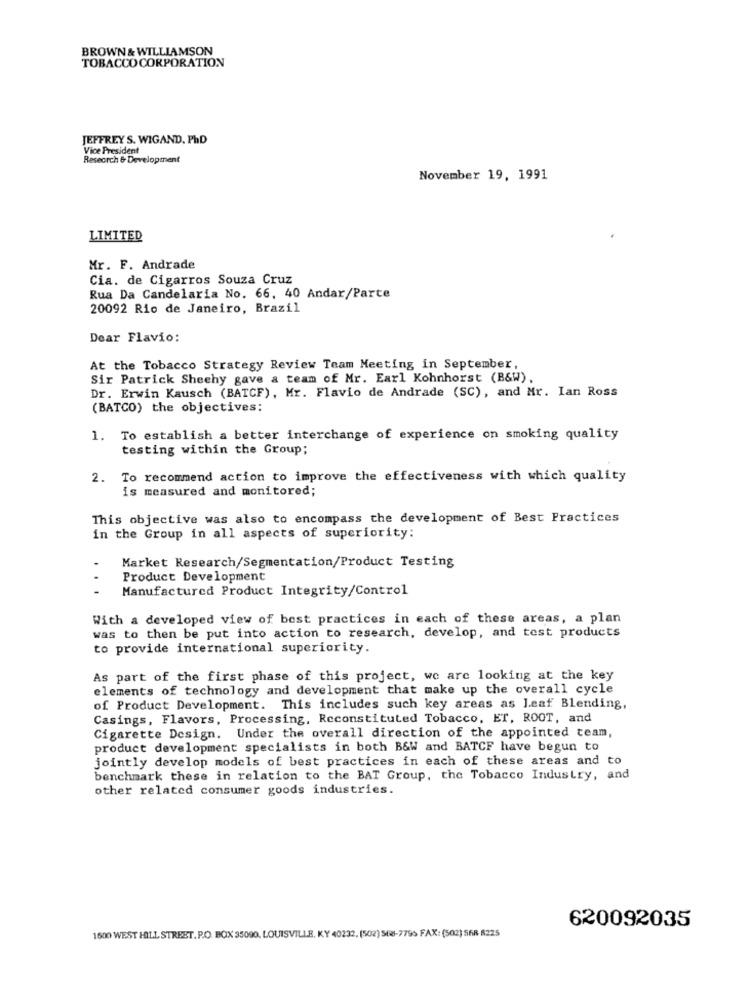
BROWN & WILLIAMSON
TOBACCO CORPORATION
JEFFREY S. WIGAND. PhD
Vice President
Research & Development
November 19, 1991
LIMITED
Mr. F. Andrade
Cia. de Cigarros Souza Cruz
Rua Da Candelaria No. 66, 40 Andar/Parte
20092 Rio de Janeiro, Brazil
Dear Flavio:
At the Tobacco Strategy Review Team Meeting in September,
Sir Patrick Sheehy gave a team of Mr. Earl Kohnhorst (B&W).
Dr. Erwin Kausch (BATCF), Mr. Flavio de Andrade (SC), and Mr. Ian Ross
(BATCO) the objectives:
1. To establish a better interchange of experience on smoking quality
testing within the Group;
2. To recommend action to improve the effectiveness with which quality
is measured and monitored;
This objective was also to encompass the development of Best Practices
in the Group in all aspects of superiority:
Market Research/Segmentation/Product Testing
Product Development
.
Manufactured Product Integrity/Control
With a developed view of best practices in each of these areas, a plan
was to then be put into action to research, develop, and test products
to provide international superiority.
As part of the first phase of this project, we are looking at the key
elements of technology and development that make up the overall cycle
of Product Development. This includes such key areas as leaf Blending,
Casings, Flavors, Processing, Reconstituted Tobacco, ET, ROOT, and
Cigarette Design. Under the overall direction of the appointed team,
product development specialists in both B&W and BATCF have begun to
jointly develop models of best practices in each of these areas and to
benchmark these in relation to the BAT Group, the Tobacco Industry, and
other related consumer goods industries.
620092035
1600 WEST HALL STREET. P.O. BOX 35090. LOUISVILLE, KY 40232, (502) St8-7795 FAX: (502) 568 8225